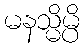
မနသ္မိမ္ပိ